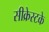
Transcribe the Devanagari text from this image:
सीक्रेस्टके